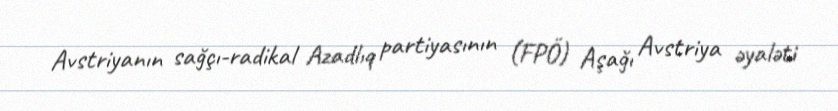
Avstriyanın sağçı-radikal Azadlıq partiyasının (FPÖ) Aşağı Avstriya əyaləti